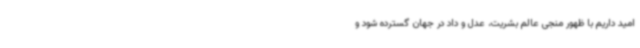
امید داریم با ظهور منجی عالم بشریت، عدل و داد در جهان گسترده شود و